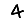
Digit: 4